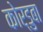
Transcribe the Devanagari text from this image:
कोर्डुबा